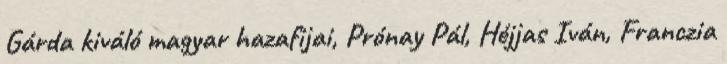
Gárda kiváló magyar hazafijai, Prónay Pál, Héjjas Iván, Franczia